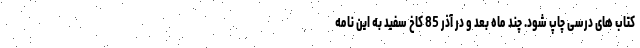
کتاب های درسی چاپ شود. چند ماه بعد و در آذر 85 کاخ سفید به این نامه